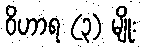
ဝိဟာရ (၃) မျိုး